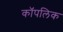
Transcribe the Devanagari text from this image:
कॉपलिक